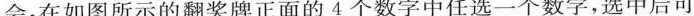
会，在如图所示的翻奖牌正面的4个数字中任选一个数字，选中后可